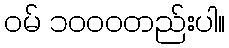
ဝမ် ၁၀၀၀တည်းပါ။